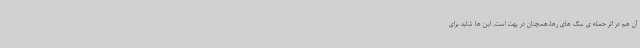
آن هم در اثر حمله ی سگ های رها،همچنان در بهت است. این ها شاید برای